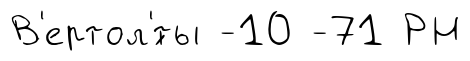
В'ертол'́ты -10 -71 РН